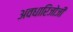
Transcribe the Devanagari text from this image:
अवधारिजोजी